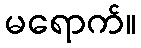
မရောက်။